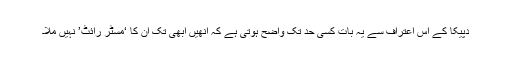
دپیکا کے اس اعتراف سے یہ بات کسی حد تک واضح ہوتی ہے کہ انھیں ابھی تک ان کا ‘مسٹر رائٹ’ نہیں ملا۔